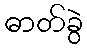
ဓာတ်ခွဲ